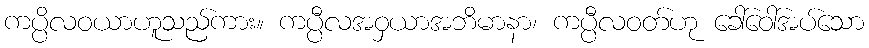
ကပ္ပိလဝယာဟူသည်ကား။ ကပ္ပီလအဝှယာအဘိမာနာ၊ ကပ္ပီလဝတ်ဟု ခေါ်ဝေါ်အပ်သော